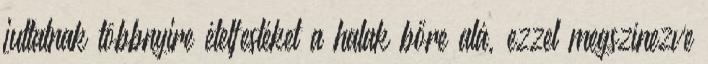
juttatnak többnyire ételfestéket a halak bőre alá, ezzel megszínezve